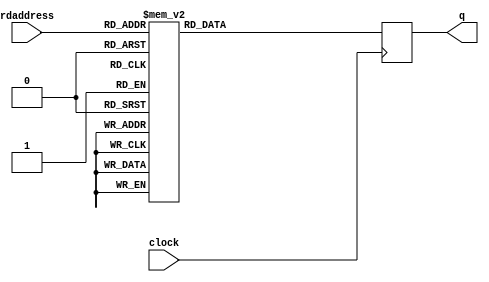
`timescale 1 ps / 1 ps
module rw_manager_m10_inst_ROM (
	clock,
	rdaddress,
	q);
	
	input	  clock;
	input	[6:0]  rdaddress;
	output	[19:0]  q;
	
	reg	[19:0]  q;
	
	wire	[6:0]  rdaddress_r;
  assign  rdaddress_r =   rdaddress;
	
always @ (posedge clock)
    case(rdaddress_r)
'h00 : q <= 'h080000;
'h01 : q <= 'h000780;
'h02 : q <= 'h080680;
'h03 : q <= 'h000180;
'h04 : q <= 'h080680;
'h05 : q <= 'h000200;
'h06 : q <= 'h080680;
'h07 : q <= 'h000280;
'h08 : q <= 'h080680;
'h09 : q <= 'h000300;
'h0A : q <= 'h080680;
'h0B : q <= 'h000380;
'h0C : q <= 'h080680;
'h0D : q <= 'h000100;
'h0E : q <= 'h080680;
'h0F : q <= 'h000800;
'h10 : q <= 'h008680;
'h11 : q <= 'h000880;
'h12 : q <= 'h00A680;
'h13 : q <= 'h080680;
'h14 : q <= 'h000900;
'h15 : q <= 'h080680;
'h16 : q <= 'h000980;
'h17 : q <= 'h008680;
'h18 : q <= 'h080680;
'h19 : q <= 'h000B68;
'h1A : q <= 'h00CCE8;
'h1B : q <= 'h000AE8;
'h1C : q <= 'h008CE8;
'h1D : q <= 'h000B88;
'h1E : q <= 'h00EC88;
'h1F : q <= 'h000A08;
'h20 : q <= 'h00AC88;
'h21 : q <= 'h080680;
'h22 : q <= 'h00CE00;
'h23 : q <= 'h00CD80;
'h24 : q <= 'h00E700;
'h25 : q <= 'h000C00;
'h26 : q <= 'h020CE0;
'h27 : q <= 'h020CE0;
'h28 : q <= 'h000D00;
'h29 : q <= 'h000680;
'h2A : q <= 'h000680;
'h2B : q <= 'h060E80;
'h2C : q <= 'h061080;
'h2D : q <= 'h00A680;
'h2E : q <= 'h008680;
'h2F : q <= 'h080680;
'h30 : q <= 'h00CE00;
'h31 : q <= 'h00CD80;
'h32 : q <= 'h00E700;
'h33 : q <= 'h000C00;
'h34 : q <= 'h030CE0;
'h35 : q <= 'h030CE0;
'h36 : q <= 'h000D00;
'h37 : q <= 'h000680;
'h38 : q <= 'h000680;
'h39 : q <= 'h070E80;
'h3A : q <= 'h071080;
'h3B : q <= 'h00A680;
'h3C : q <= 'h008680;
'h3D : q <= 'h080680;
'h3E : q <= 'h001158;
'h3F : q <= 'h0006D8;
'h40 : q <= 'h080680;
'h41 : q <= 'h040E88;
'h42 : q <= 'h041088;
'h43 : q <= 'h040F68;
'h44 : q <= 'h0410E8;
'h45 : q <= 'h00A680;
'h46 : q <= 'h040FE8;
'h47 : q <= 'h0410E8;
'h48 : q <= 'h041008;
'h49 : q <= 'h041088;
'h4A : q <= 'h001100;
'h4B : q <= 'h00C680;
'h4C : q <= 'h008680;
'h4D : q <= 'h00E680;
'h4E : q <= 'h080680;
'h4F : q <= 'h000000;
'h50 : q <= 'h000000;
'h51 : q <= 'h00A000;
'h52 : q <= 'h008000;
'h53 : q <= 'h080000;
'h54 : q <= 'h000080;
'h55 : q <= 'h000080;
'h56 : q <= 'h000080;
'h57 : q <= 'h000080;
'h58 : q <= 'h00A080;
'h59 : q <= 'h008080;
'h5A : q <= 'h080080;
'h5B : q <= 'h008680;
'h5C : q <= 'h00A680;
'h5D : q <= 'h080680;
'h5E : q <= 'h040F08;
'h5F : q <= 'h080680;
'h60 : q <= 'h000000;
'h61 : q <= 'h000000;
'h62 : q <= 'h000000;
'h63 : q <= 'h000000;
'h64 : q <= 'h000000;
'h65 : q <= 'h000000;
'h66 : q <= 'h000000;
'h67 : q <= 'h000000;
'h68 : q <= 'h000000;
'h69 : q <= 'h000000;
'h6A : q <= 'h000000;
'h6B : q <= 'h000000;
'h6C : q <= 'h000000;
'h6D : q <= 'h000000;
'h6E : q <= 'h000000;
'h6F : q <= 'h000000;
'h70 : q <= 'h000000;
'h71 : q <= 'h000000;
'h72 : q <= 'h000000;
'h73 : q <= 'h000000;
'h74 : q <= 'h000000;
'h75 : q <= 'h000000;
'h76 : q <= 'h000000;
'h77 : q <= 'h000000;
'h78 : q <= 'h000000;
'h79 : q <= 'h000000;
'h7A : q <= 'h000000;
'h7B : q <= 'h000000;
'h7C : q <= 'h000000;
'h7D : q <= 'h000000;
'h7E : q <= 'h000000;
'h7F : q <= 'h000000;
        default : q <= 0;
    endcase
endmodule